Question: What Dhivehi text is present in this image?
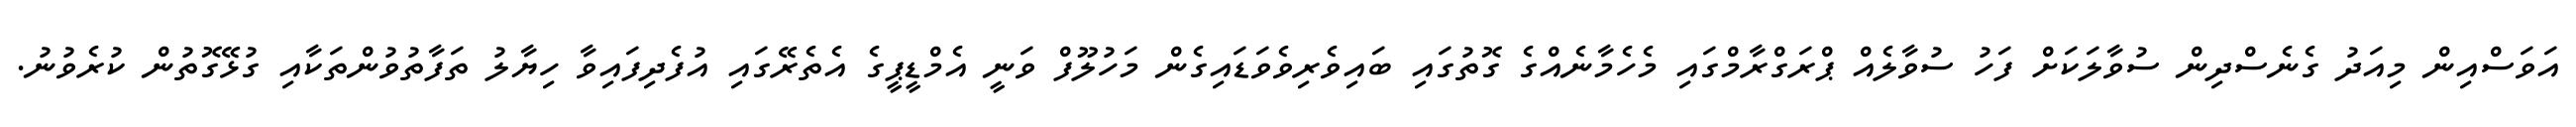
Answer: އަވަސްއިން މިއަދު ގެނެސްދިން ސުވާލަކަށް ފަހު ސުވާލެއް ޕްރަގްރާމްގައި މެހެމާނެއްގެ ގޮތުގައި ބައިވެރިވެވަޑައިގެން މަހުލޫފް ވަނީ އެމްޑީޕީގެ އެތެރޭގައި އުފެދިފައިވާ ހިޔާލު ތަފާތުވުންތަކާއި ގުޅޭގޮތުން ކުރެވުނު.